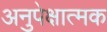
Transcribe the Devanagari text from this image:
अनुपेक्षात्मक